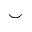
\smile